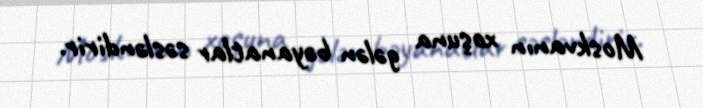
Moskvanın xoşuna gələn bəyanatlar səsləndirir.